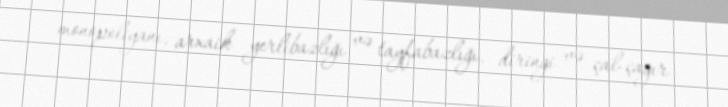
monopoliyanı, arxaik yerlibazlığı və tayfabazlığı, diringi və çal-çağır